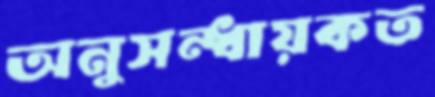
অনুসন্ধায়কত